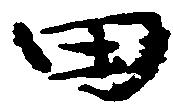
田